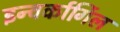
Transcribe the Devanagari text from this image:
इन्वर्कार्गिल